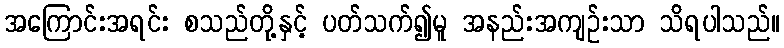
အကြောင်းအရင်း စသည်တို့နှင့် ပတ်သက်၍မူ အနည်းအကျဉ်းသာ သိရပါသည်။